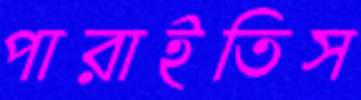
পারাইতিস